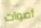
أصوات